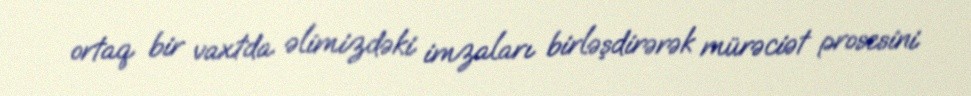
ortaq bir vaxtda əlimizdəki imzaları birləşdirərək mürəciət prosesini